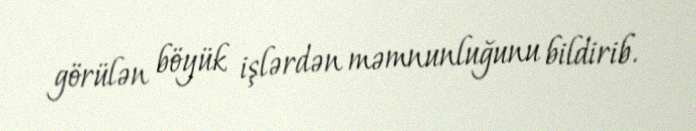
görülən böyük işlərdən məmnunluğunu bildirib.